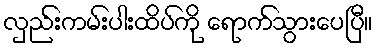
လှည်းကမ်းပါးထိပ်ကို ရောက်သွားပေပြီ။